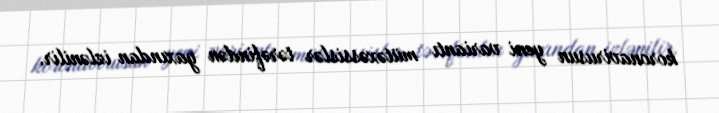
koronavirusun yeni variantı mütəxəssislər tərəfindən yaxından izlənilir.